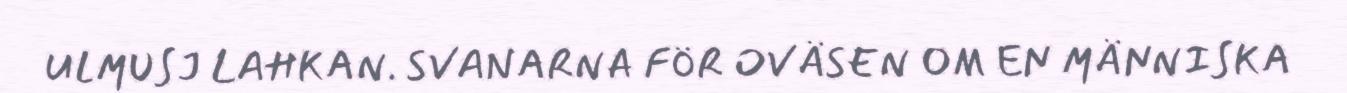
ULMUSJ LAHKAN. SVANARNA FÖR OVÄSEN OM EN MÄNNISKA